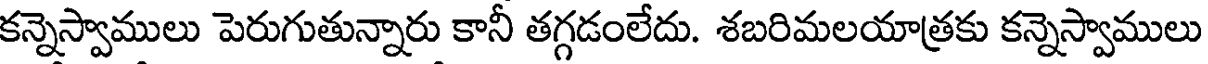
కన్నెస్వాములు పెరుగుతున్నారు కానీ తగ్గడంలేదు. శబరిమలయాత్రకు కన్నెస్వాములు